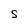
Character: S